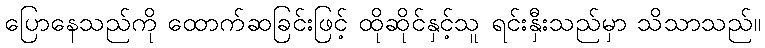
ပြောနေသည်ကို ထောက်ဆခြင်းဖြင့် ထိုဆိုင်နှင့်သူ ရင်းနှီးသည်မှာ သိသာသည်။